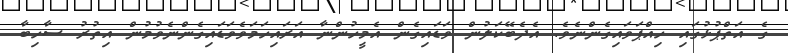
ގެ އަތްޕުޅުގައި ހިއްޕަވައިގެންނެވެ. އެދެބޭކަލުން ވަޑައިގެން އެމީހުންނާ އަރައިހަމަވެވަޑައިގެންނެވުމުން އިތުރު ސާހިބާ